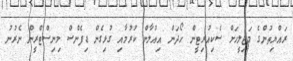
ރައްޔިތުންގެ މަޖިލީހަށް ސެކިއުރިޓީން ހޯދަން އިއުލާން ކުރުމާއި ގުޅިގެން ޑިފެންސް މިނިސްޓްރީން ނެރުނު